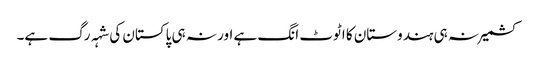
کشمیر نہ ہی ہندوستان کا اٹوٹ انگ ہے اور نہ ہی پاکستان کی شہہ رگ ہے۔